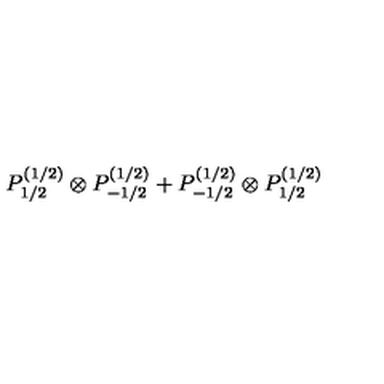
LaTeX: P _ { 1 / 2 } ^ { ( 1 / 2 ) } \otimes P _ { - 1 / 2 } ^ { ( 1 / 2 ) } + P _ { - 1 / 2 } ^ { ( 1 / 2 ) } \otimes P _ { 1 / 2 } ^ { ( 1 / 2 ) }